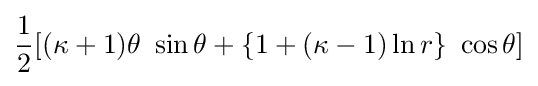
{\frac {1}{2}}[(\kappa +1)\theta ~\sin \theta +\{1+(\kappa -1)\ln r\}~\cos \theta ]